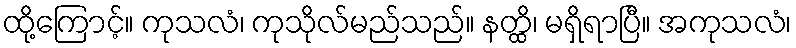
ထို့ကြောင့်။ ကုသလံ၊ ကုသိုလ်မည်သည်။ နတ္ထိ၊ မရှိရာပြီ။ အကုသလံ၊